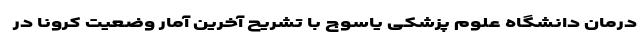
درمان دانشگاه علوم پزشکی یاسوج با تشریح آخرین آمار وضعیت کرونا در